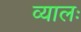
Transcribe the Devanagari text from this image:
व्यालः